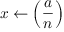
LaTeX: x \gets \left( { \frac { a } { n } } \right)